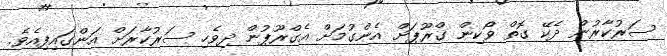
ސަރުކާރުން ދެކޭ ގޮތް ވޯކިން ގްރޫޕަށް އެންގުމަށް އެގްރޫޕުން ދިވެހި ސަރުކާރަށް އަންގައިފިއެވެ.